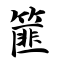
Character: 篚